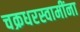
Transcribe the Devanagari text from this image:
चक्रधरस्वामींना